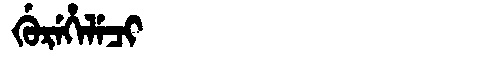
Manchu: ᡤᡠᡵᡝᡥᡝᠯᡝᠴᡳ
Romanization: GUREHELECI